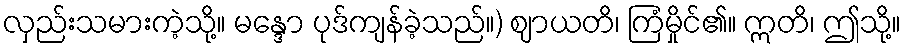
လှည်းသမားကဲ့သို့။ မန္ဒော ပုဒ်ကျန်ခဲ့သည်။) ဈာယတိ၊ ကြံမှိုင်၏။ ဣတိ၊ ဤသို့။